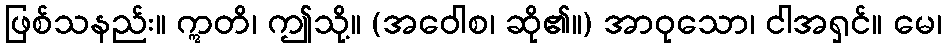
ဖြစ်သနည်း။ ဣတိ၊ ဤသို့။ (အဝေါစ၊ ဆို၏။) အာဝုသော၊ ငါအရှင်။ မေ၊